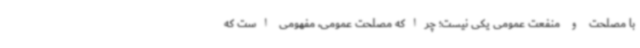
با مصلحت و منفعت عمومی یکی نیست؛ چراکه مصلحت عمومی، مفهومی است که